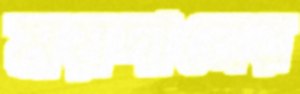
ময়দানের